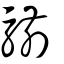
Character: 騚